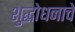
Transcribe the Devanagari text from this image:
शुद्धोधनाचे